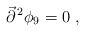
\begin{align*}{\vec{\partial}}^{\, 2}\phi_9 =0 \ ,\end{align*}